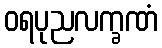
ဝရပုညလက္ခဏံ